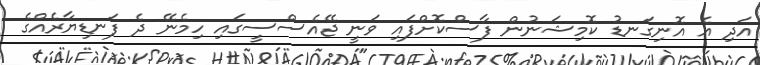
އަދި އެ އޮނިގަނޑު ކޮމިޝަނުން ފާސްކޮށްފައި ވަނީ ޖޭއެސްސީގައި ހިމެނޭ ދެ ފަނޑިޔާރެއްގެ